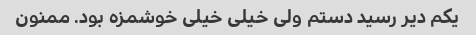
یکم دیر رسید دستم ولی خیلی خیلی خوشمزه بود. ممنون